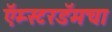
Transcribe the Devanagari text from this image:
ऍम्स्टरडॅमचा